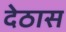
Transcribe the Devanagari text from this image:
देठास